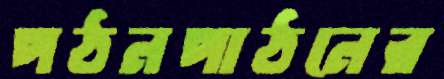
পঠনপাঠনের